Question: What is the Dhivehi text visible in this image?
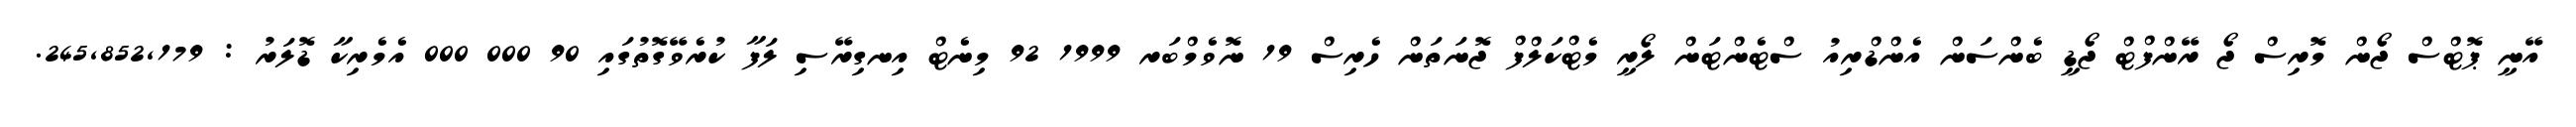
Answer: އޭނީ ޕޮޓްސް ޖޯން މޮރިސް ޖޯ ރޭންފްޓް ޖޯޑީ ބެންސަން އެންޑްރިއު ސްޓެންޓަން ލޯރީ މެޓްކަލްފް ޖޮނަތަން ހެރިސް 19 ނޮވެމްބަރ 1999 92 މިނެޓް އިނގިރޭސި ލަފާ ކުރެވޭގޮތުގައި 90 000 000 އެމެރިކާ ޑޮލަރު : 245,852,179.